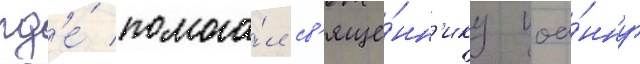
гд'е́ помога́л св'яще́нн'ику иоа́нну